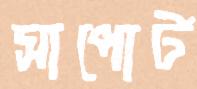
সাপোর্ট